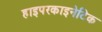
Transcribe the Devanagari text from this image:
हाइपरकाइनेटिक